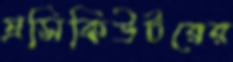
প্রসিকিউটরের